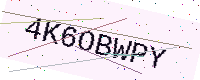
Text: 4K6OBWPY